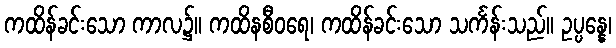
ကထိန်ခင်းသော ကာလ၌။ ကထိနစီဝရေ၊ ကထိန်ခင်းသော သင်္ကန်းသည်။ ဥပ္ပန္နေ၊